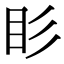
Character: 䀐